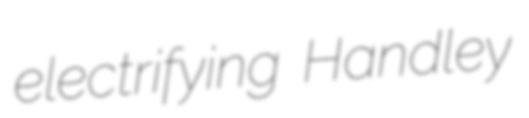
electrifying Handley